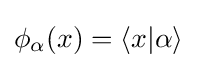
\phi _{\alpha }(x)=\langle x|\alpha \rangle